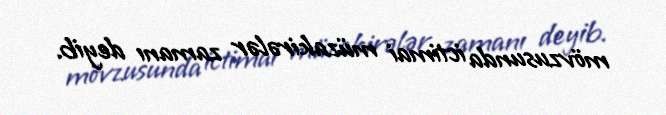
mövzusunda ictimai müzakirələr zamanı deyib.